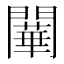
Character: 𨶱